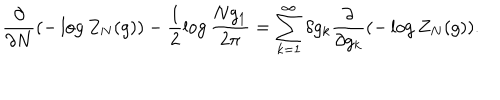
\frac { \partial } { \partial N } ( - \log Z _ { N } ( g ) ) - \frac { 1 } { 2 } \log \frac { N g _ { 1 } } { 2 \pi } = \sum _ { k = 1 } ^ { \infty } \delta g _ { k } \frac { \partial } { \partial g _ { k } } ( - \log Z _ { N } ( g ) ) .